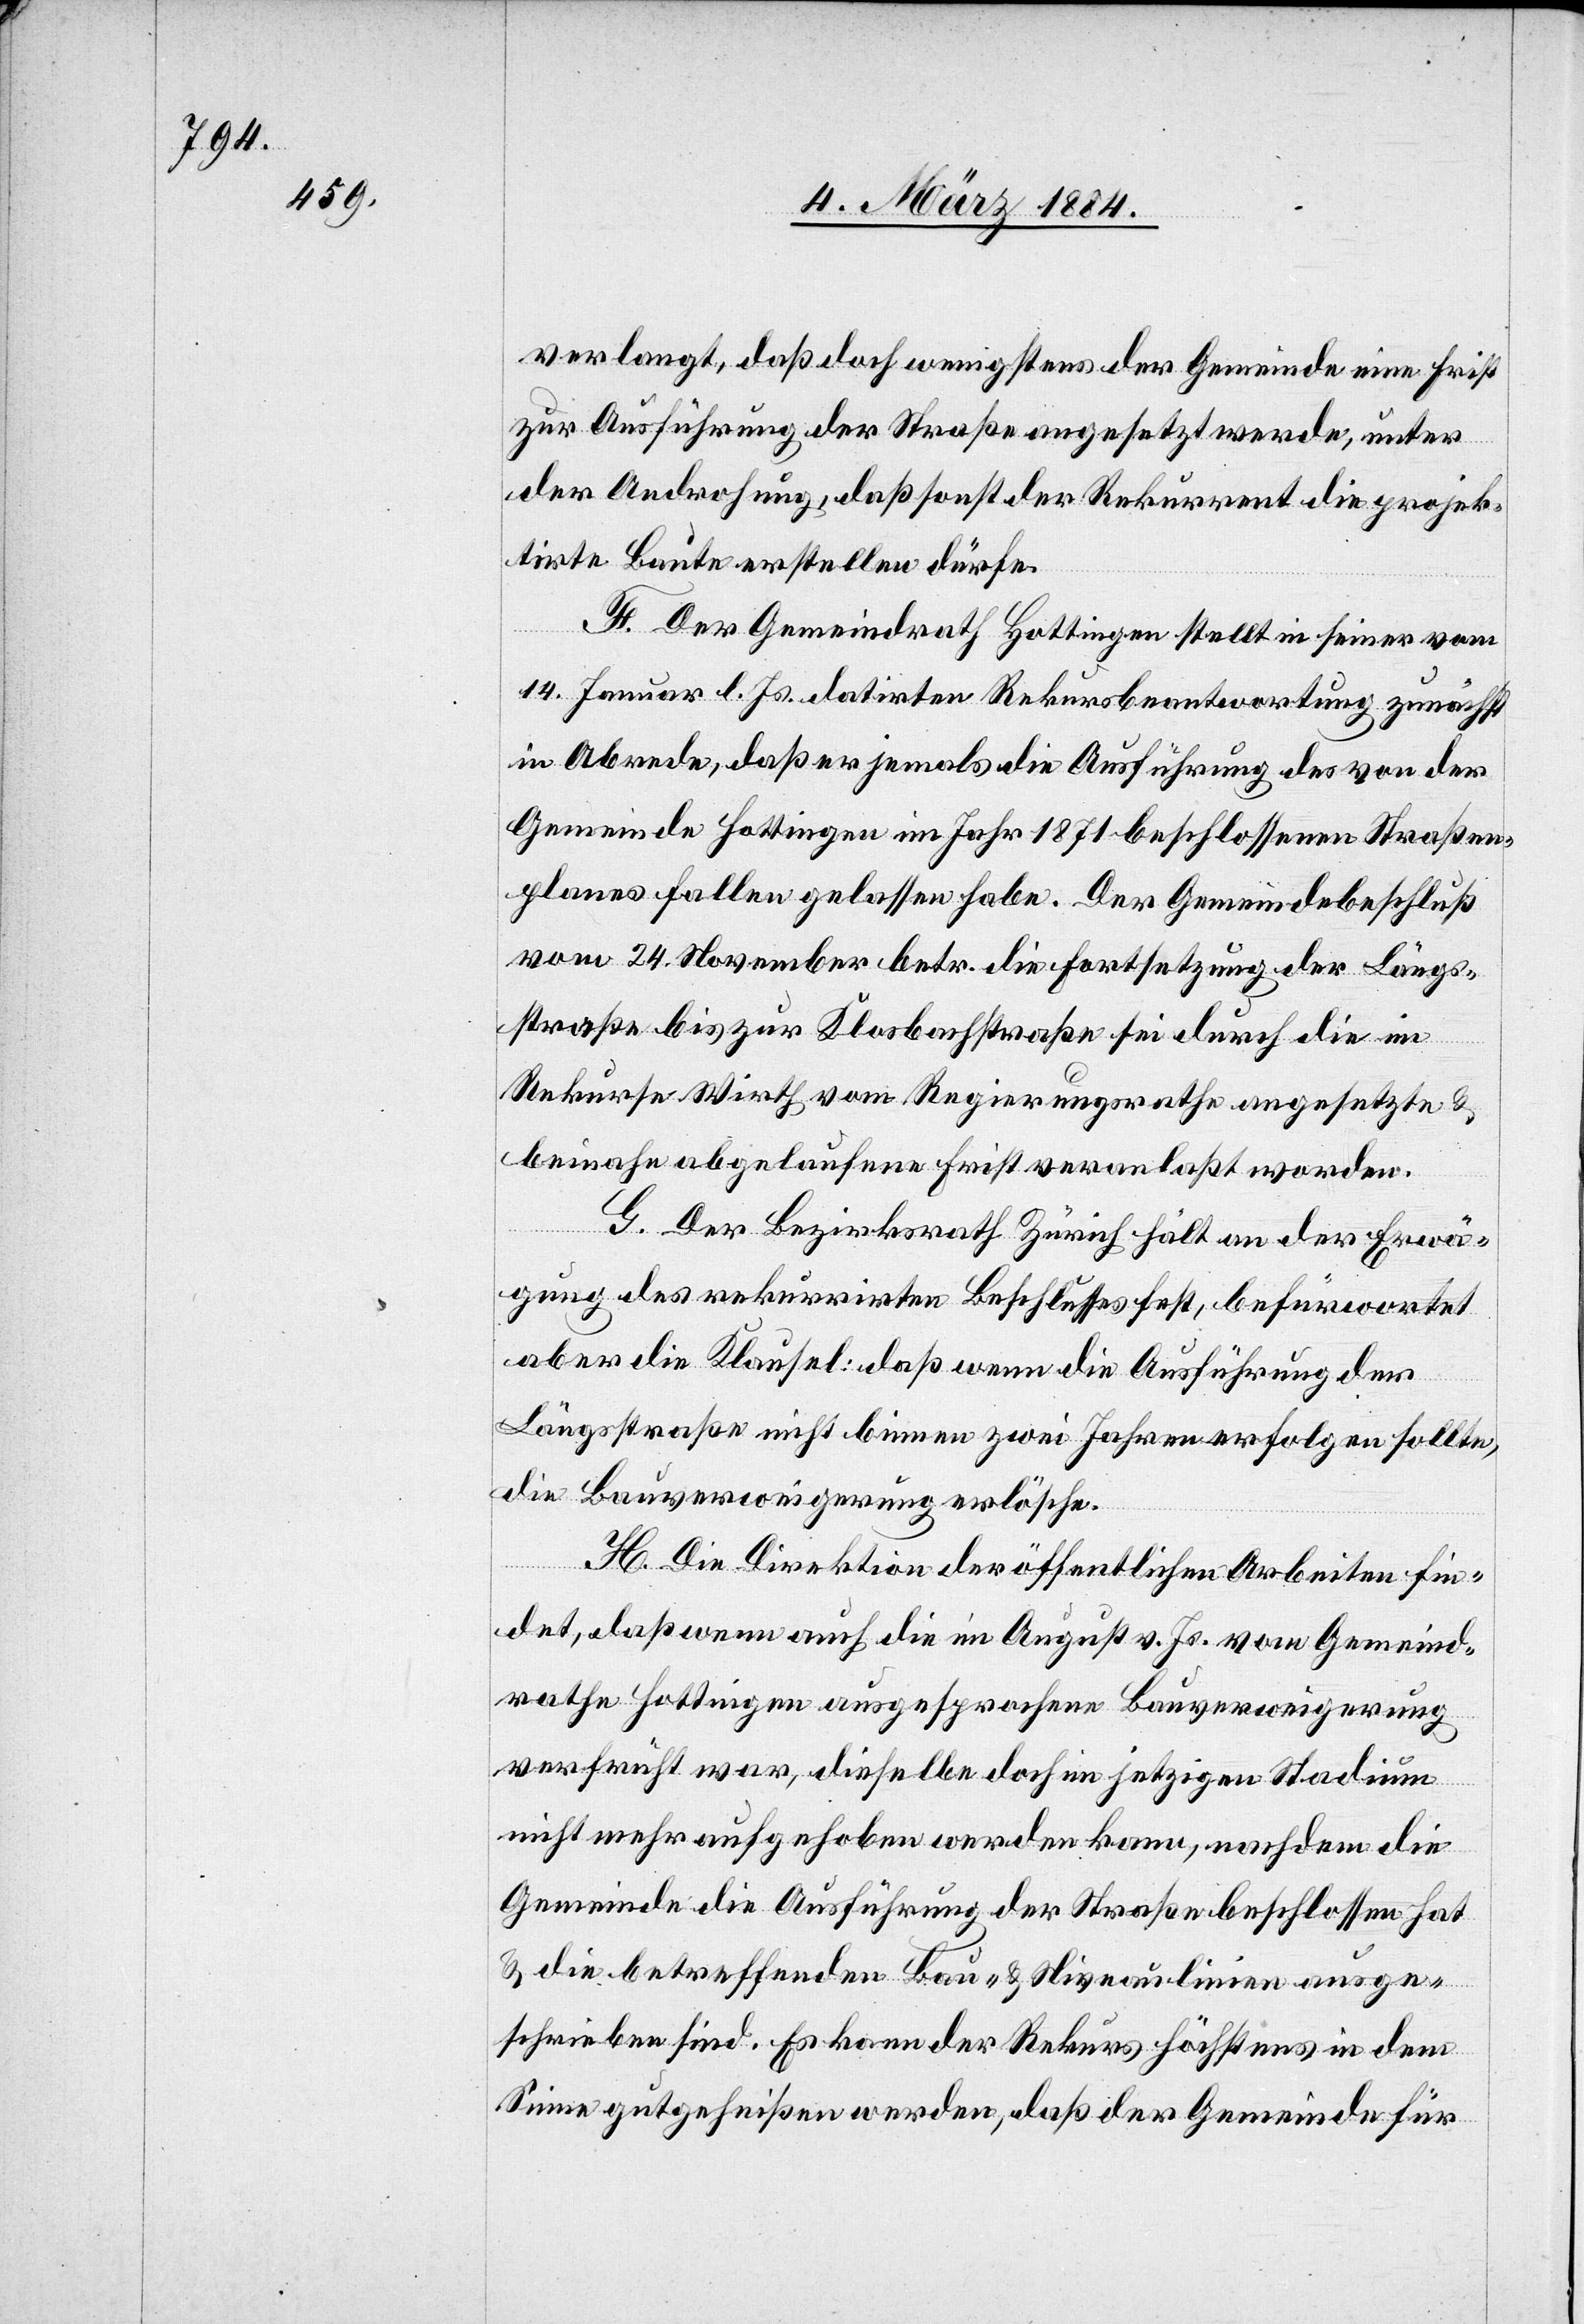
verlangt, daß doch wenigstens der Gemeinde eine Frist
zur Ausführung der Straße angesetzt werde, unter
der Androhung, daß sonst der Rekurrent die projek¬
tirte Baute erstellen dürfe.
H. Der Gemeindrath Hottingen stellt in seiner vom
14. Januar l. Js. datirten Rekursbeantwortung zunächst
in Abrede, daß er jemals die Ausführung des von der
Gemeinde Hottingen im Jahr 1871 beschlossenen Straßen¬
planes fallen gelassen habe. Der Gemeindebeschluß
vom 25. November betr. die Fortsetzung der Längs¬
straße bis zur Klosbachstraße sei durch die im
Rekurse Wirth vom Regierungsrathe angesetzte &
beinahe abgelaufene Frist veranlaßt worden.
G. Der Bezirksrath Zürich hält an der Erwä¬
gung des rekurrirten Beschlusses fest, befürwortet
aber die Klausel: daß wenn die Ausführung der
Längsstraße nicht binnen zwei Jahren erfolgen sollte,
die Bauverweigerung erlösche.
H. Die Direktion der öffentlichen Arbeiten fin¬
det, daß wenn auch die im August v. Js. von Gemeind¬
rathe Hottingen ausgesprochene Bauverweigerung
verfrüht war, dieselbe doch im jetzigen Stadium
nicht mehr aufgehoben werden kann, nachdem die
Gemeinde die Ausführung der Straße beschlossen hat
& die betreffenden Bau- & Niveaulinien ausge¬
schrieben sind. Es kann der Rekurs höchstens in dem
Sinne gutgeheißen werden, daß der Gemeinde für